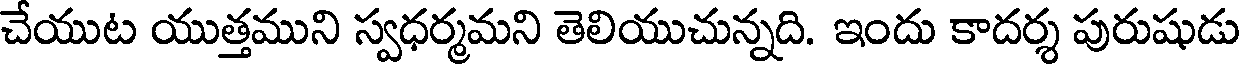
చేయుట యుత్తముని స్వధర్మమని తెలియుచున్నది. ఇందు కాదర్శ పురుషుడు